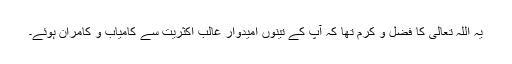
یہ اللہ تعالیٰ کا فضل و کرم تھا کہ آپ کے تینوں اُمیدوار غالب اکثریت سے کامیاب و کامران ہوئے۔